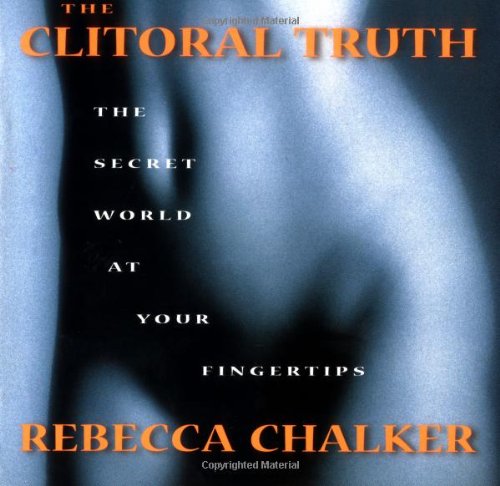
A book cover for The Clitoral Truth: The Secret World at Your Fingertips; Rebecca Chalker; Parenting & Relationships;